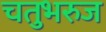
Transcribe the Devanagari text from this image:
चतुभरुज